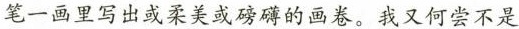
笔一画里写出或柔美或磅磺的画卷。我又何尝不是